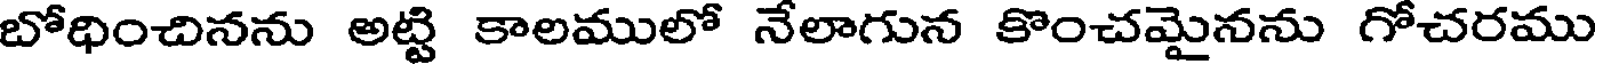
బోధించినను అట్టి కాలములో నేలాగున కొంచమైనను గోచరము